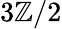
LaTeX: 3\mathbb{Z}/2